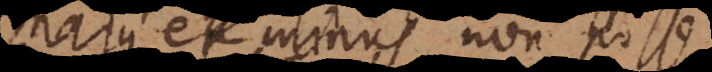
majus et minus non posse